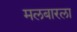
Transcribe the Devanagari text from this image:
मलबारला